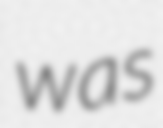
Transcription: was